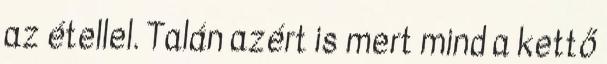
az étellel. Talán azért is mert mind a kettő